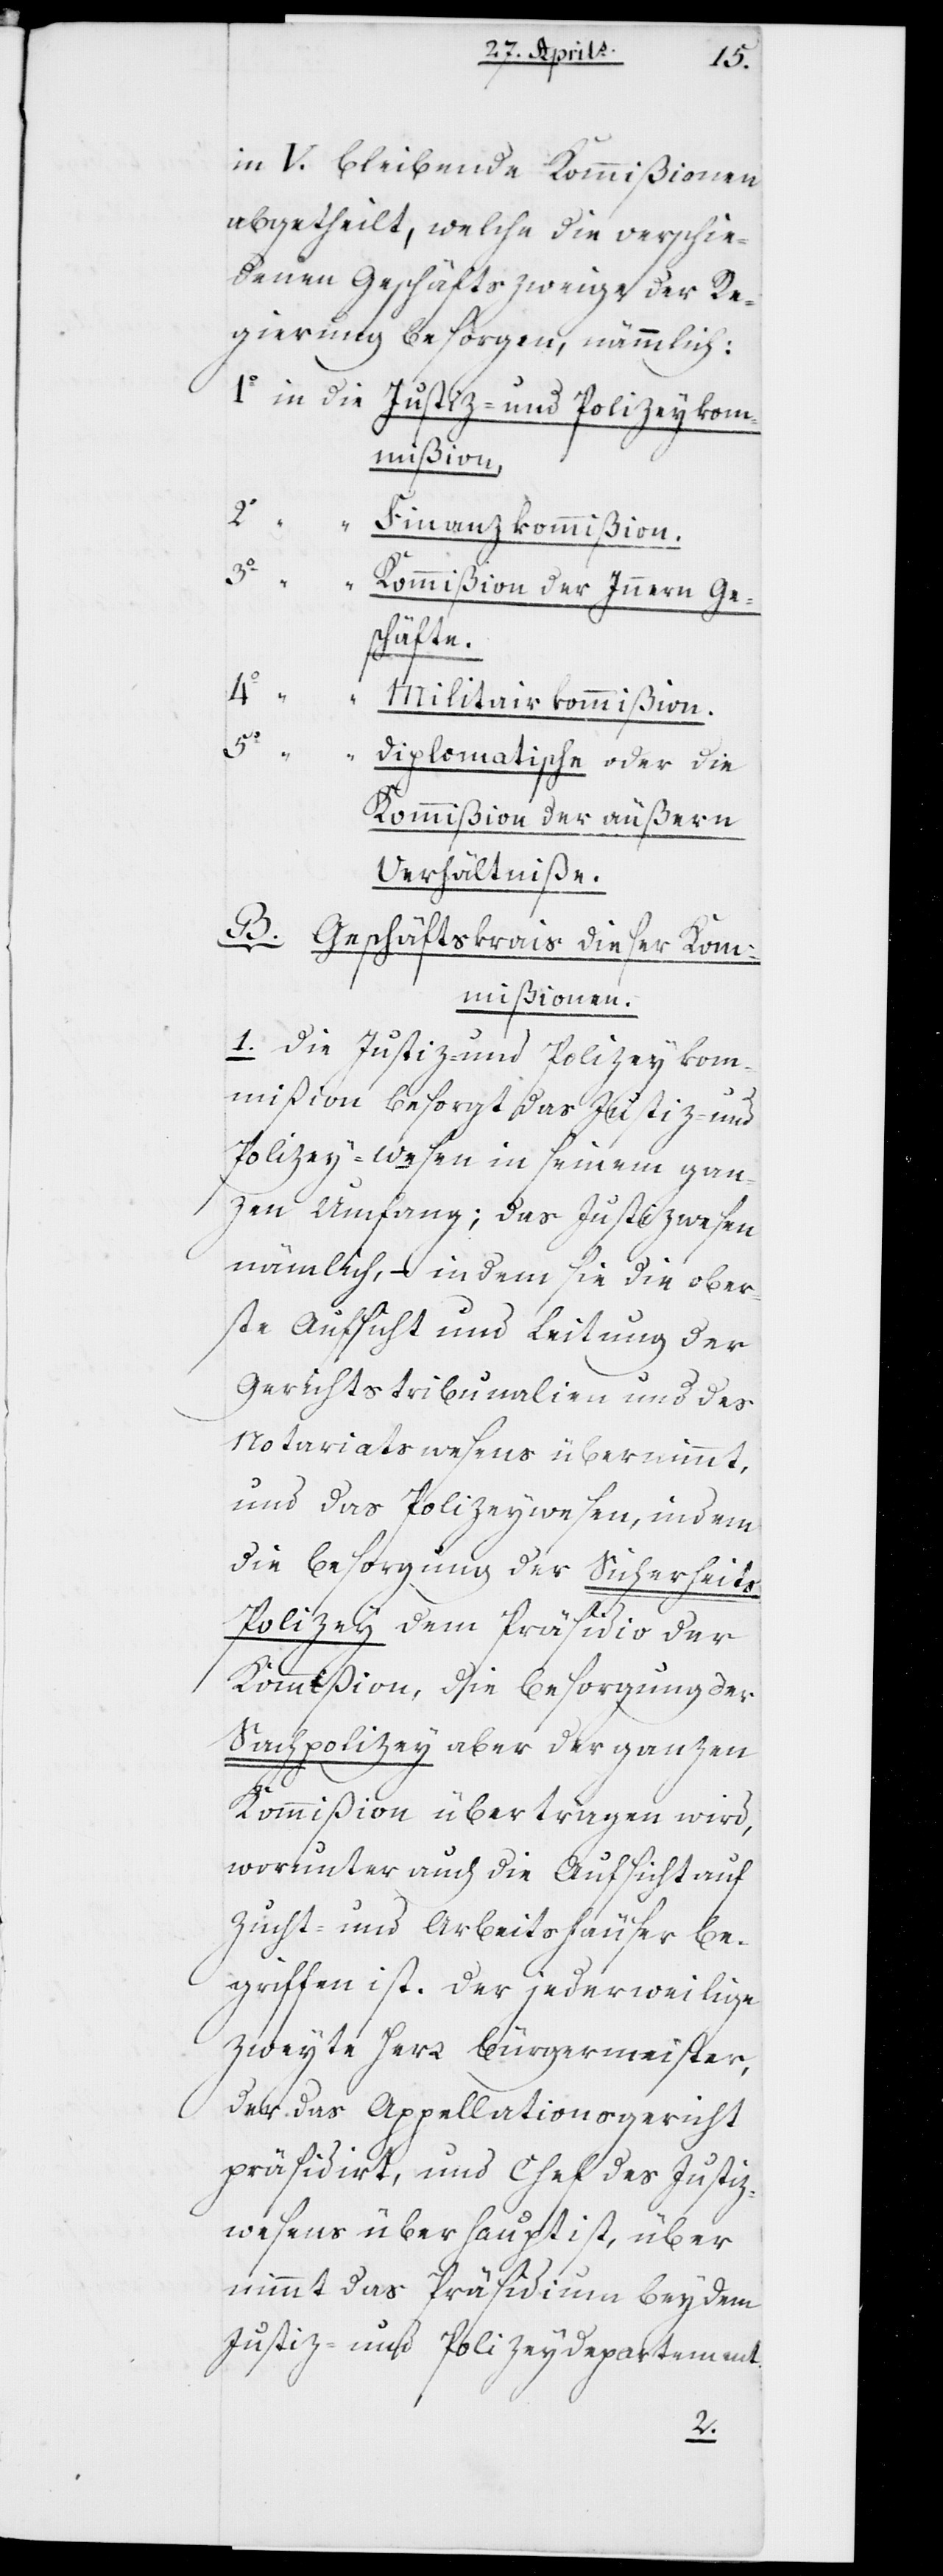
in fünf bleibende Kommißionen
abgetheilt, welche die verschie¬
denen Geschäftszweige der Re¬
gierung besorgen, nämmlich:
1o in die	Justiz- und Polizeykom¬
mißion.
2o
„	Finanzkommißion.
3o
„	Kommißion der Innern Ge¬
schäfte.
4o
„	M¬
ilitairkommißion.
5o
„	Diplomatische oder die
Kommißion der äußern
Verhältniße.
B. Geschäftskreis dieser Kom¬
mißionen.
1. Die Justiz- und Polizeykom¬
mißion besorgt das Justiz- und
Polizeywesen in seinem gan¬
zen Umfang; das Justizwesen
nämmlich, – in dem sie die ober¬
ste Aufsicht und Leitung der
Gerichtstribunalien und des
Notariatswesens übernimmt.
Und das Polizeywesen, indem
die Besorgung der Sicherheit¬
s-Polizey dem Präsidio der
Kommißion, die Besorgung der
Sachpolizey aber der ganzen
Kommißion übertragen wird,
worunter auch die Aufsicht auf
Zucht- und Arbeitshäuser be¬
griffen ist. Der jederweilige
zweyte Herr Bürgermeister,
der das Appellationsgericht
präsidirt, und Chef des Justiz¬
wesens überhaupt ist, über¬
nimmt das Präsidium bey dem
Justiz- und Polizeydepartement.